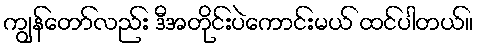
ကျွန်တော်လည်း ဒီအတိုင်းပဲကောင်းမယ် ထင်ပါတယ်။